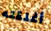
أغلقته